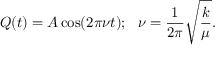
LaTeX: Q ( t ) = A \cos ( 2 \pi \nu t ) ; \ \ \nu = { \frac { 1 } { 2 \pi } } { \sqrt { \frac { k } { \mu } } } .